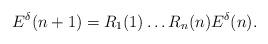
LaTeX: \begin{align*} E^\delta(n+1)=R_1(1)\dots R_{n}(n)E^\delta(n). \end{align*}